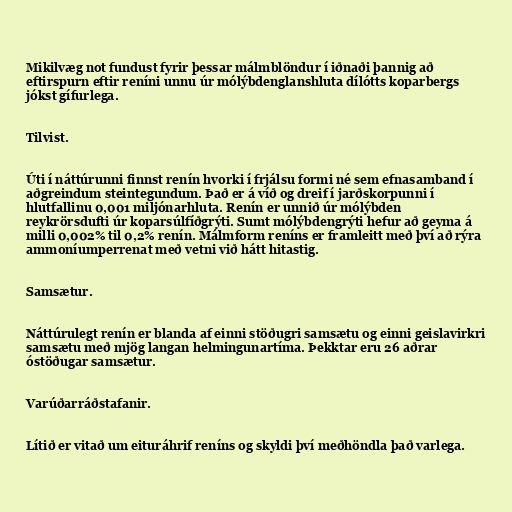
Mikilvæg not fundust fyrir þessar málmblöndur í iðnaði þannig að
eftirspurn eftir reníni unnu úr mólýbdenglanshluta dílótts koparbergs
jókst gífurlega.

Tilvist.

Úti í náttúrunni finnst renín hvorki í frjálsu formi né sem efnasamband í
aðgreindum steintegundum. Það er á víð og dreif í jarðskorpunni í
hlutfallinu 0,001 miljónarhluta. Renín er unnið úr mólýbden
reykrörsdufti úr koparsúlfíðgrýti. Sumt mólýbdengrýti hefur að geyma á
milli 0,002% til 0,2% renín. Málmform reníns er framleitt með því að rýra
ammoníumperrenat með vetni við hátt hitastig.

Samsætur.

Náttúrulegt renín er blanda af einni stöðugri samsætu og einni geislavirkri
samsætu með mjög langan helmingunartíma. Þekktar eru 26 aðrar
óstöðugar samsætur.

Varúðarráðstafanir.

Lítið er vitað um eituráhrif reníns og skyldi því meðhöndla það varlega.